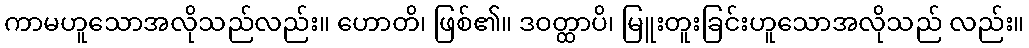
ကာမဟူသောအလိုသည်လည်း။ ဟောတိ၊ ဖြစ်၏။ ဒဝတ္ထာပိ၊ မြူးတူးခြင်းဟူသောအလိုသည် လည်း။